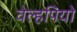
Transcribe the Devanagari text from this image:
वेल्हपियो